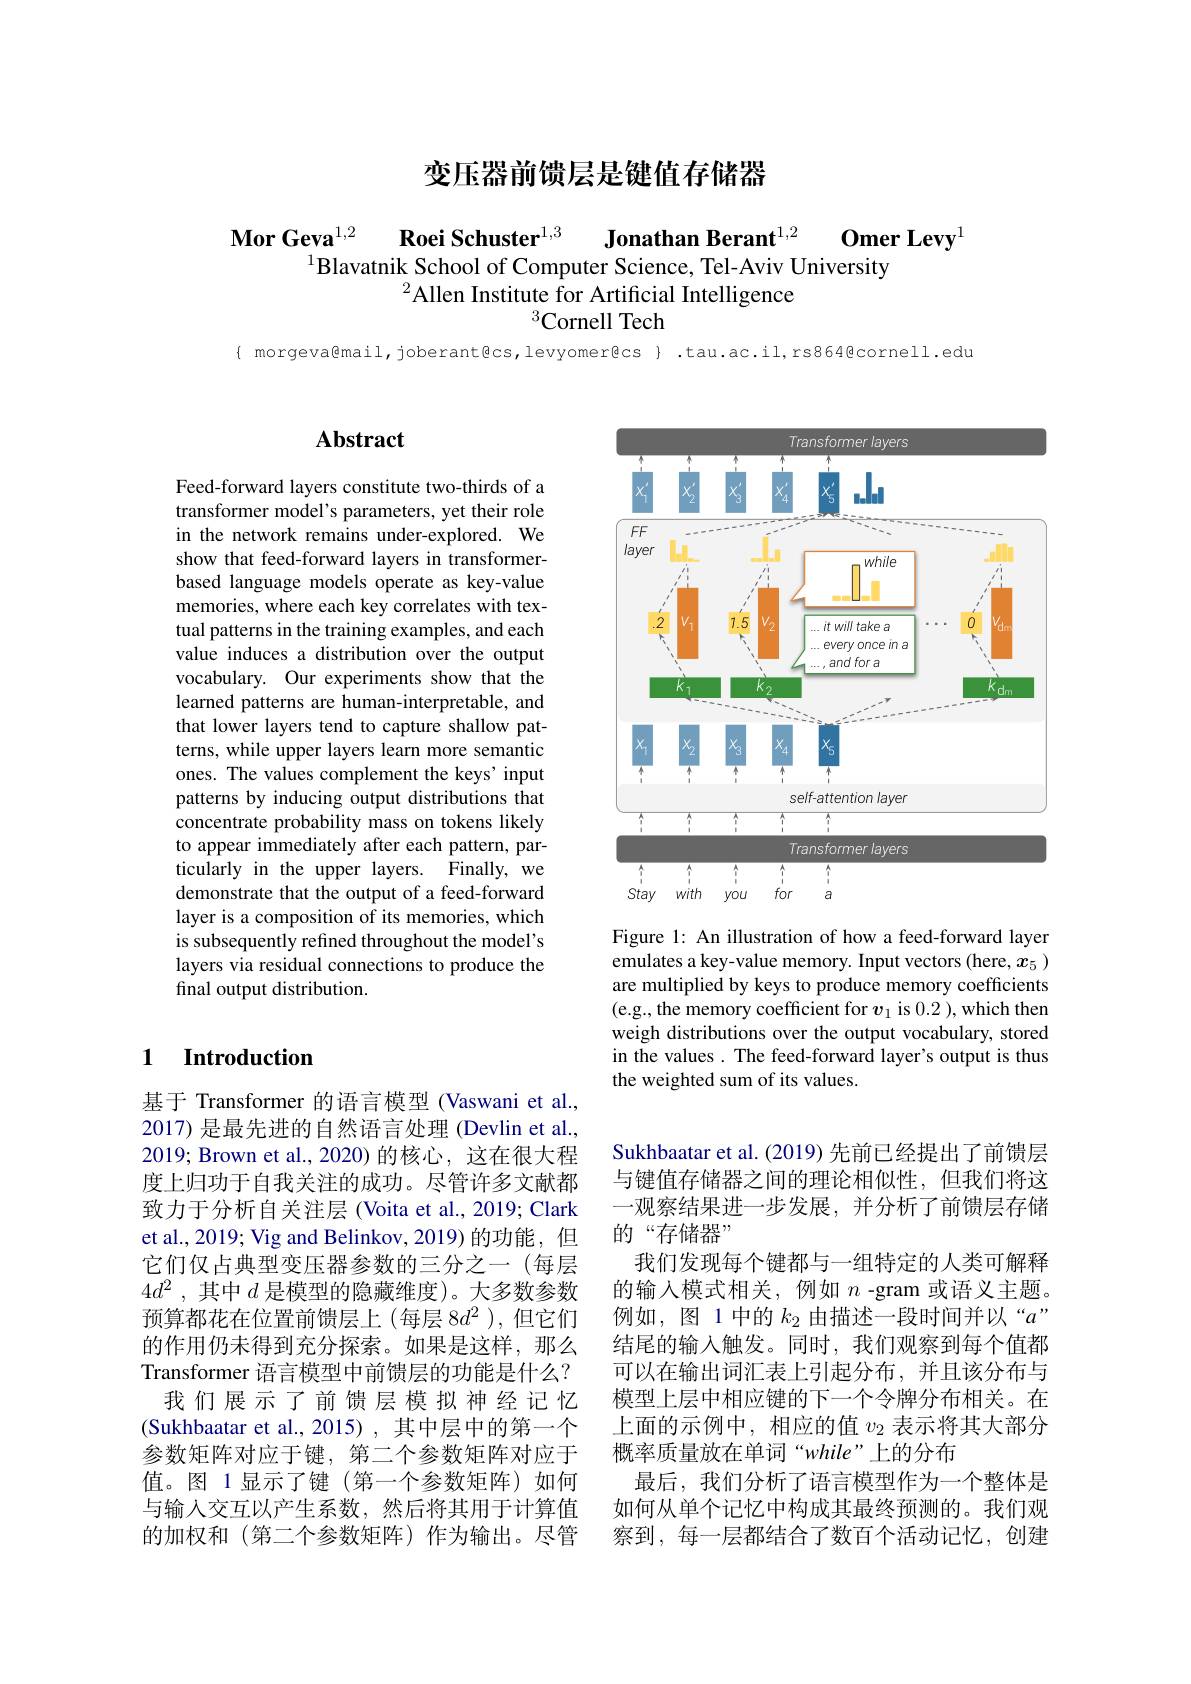
# 变压器前馈层是键值存储器

$\mathbf{Omer~Levy}^{1}$
$\textbf{Mor Geva}^{1, 2}$ $\textbf{Roei Schuster}^{1, 3}$ $\textbf{Jonathan Berant}^{1, 2}$
$^{1}$Blavatnik School of Computer Science, Tel-Aviv University
$^{2}$Allen Institute for Artificial Intelligence
$^{3}$Cornell Tech

{ morgeva@mail,joberant@cs,levyomer@cs} .tau.ac.il,rs864@cornell.edu

## $\mathbf{Abstract}$

Feed-forward layers constitute two-thirds of a transformer model's parameters, yet their role in the network remains under-explored. We show that feed-forward layers in transformerbased language models operate as key-value memories, where each key correlates with textual patterns in the training examples, and each value induces a distribution over the output vocabulary. Our experiments show that the learned patterns are human-interpretable, and that lower layers tend to capture shallow patterns, while upper layers learn more semantic ones. The values complement the keys'input patterns by inducing output distributions that concentrate probability mass on tokens likely to appear immediately after each pattern, particularly in the upper layers. Finally, we demonstrate that the output of a feed-forward layer is a composition of its memories, which is subsequently refined throughout the model's layers via residual connections to produce the final output distribution.

## 1 Introduction

基于 Transformer 的语言模型 (Vaswani et al., 2017) 是最先进的自然语言处理 (Devlin et al., 2019; Brown et al.,2020)的核心，这在很大程度上归功于自我关注的成功。尽管许多文献都致力于分析自关注层(Voita et al., 2019; Clark et al., 2019; Vig and Belinkov, 2019) 的功能，但它们仅占典型变压器参数的三分之一(每层$4d^{2}$ , 其中 $d$ 是模型的隐藏维度)。大多数参数预算都花在位置前馈层上(每层 8$d^2$ ),但它们的作用仍未得到充分探索。如果是这样，那么Transformer 语言模型中前馈层的功能是什么？ 我们展示了前馈层模拟神经记忆(Sukhbaatar et al., 2015) , 其中层中的第一个参数矩阵对应于键，第二个参数矩阵对应于值。图 1显示了键(第一个参数矩阵)如何与输入交互以产生系数，然后将其用于计算值的加权和(第二个参数矩阵)作为输出。尽管

<FigureHere>

Figure 1: An illustration of how a feed-forward layer emulates a key-value memory. Input vectors (here, $x_5$ ) are multiplied by keys to produce memory coefficients (e.g., the memory coefficient for $v_1$ is 0.2),which then weigh distributions over the output vocabulary, stored in the values. The feed-forward layer's output is thus the weighted sum of its values.

Sukhbaatar et al. (2019) 先前已经提出了前馈层与键值存储器之间的理论相似性，但我们将这一观察结果进一步发展，并分析了前馈层存储的“存储器”
我们发现每个键都与一组特定的人类可解释的输入模式相关，例如$n$ -gram 或语义主题。例如，图 1 中的$k_2$由描述一段时间并以“$a^{\prime\prime}$ 结尾的输入触发。同时，我们观察到每个值都可以在输出词汇表上引起分布，并且该分布与模型上层中相应键的下一个令牌分布相关。在上面的示例中，相应的值$v_2$表示将其大部分概率质量放在单词“while”上的分布
最后，我们分析了语言模型作为一个整体是如何从单个记忆中构成其最终预测的。我们观察到，每一层都结合了数百个活动记忆，创建